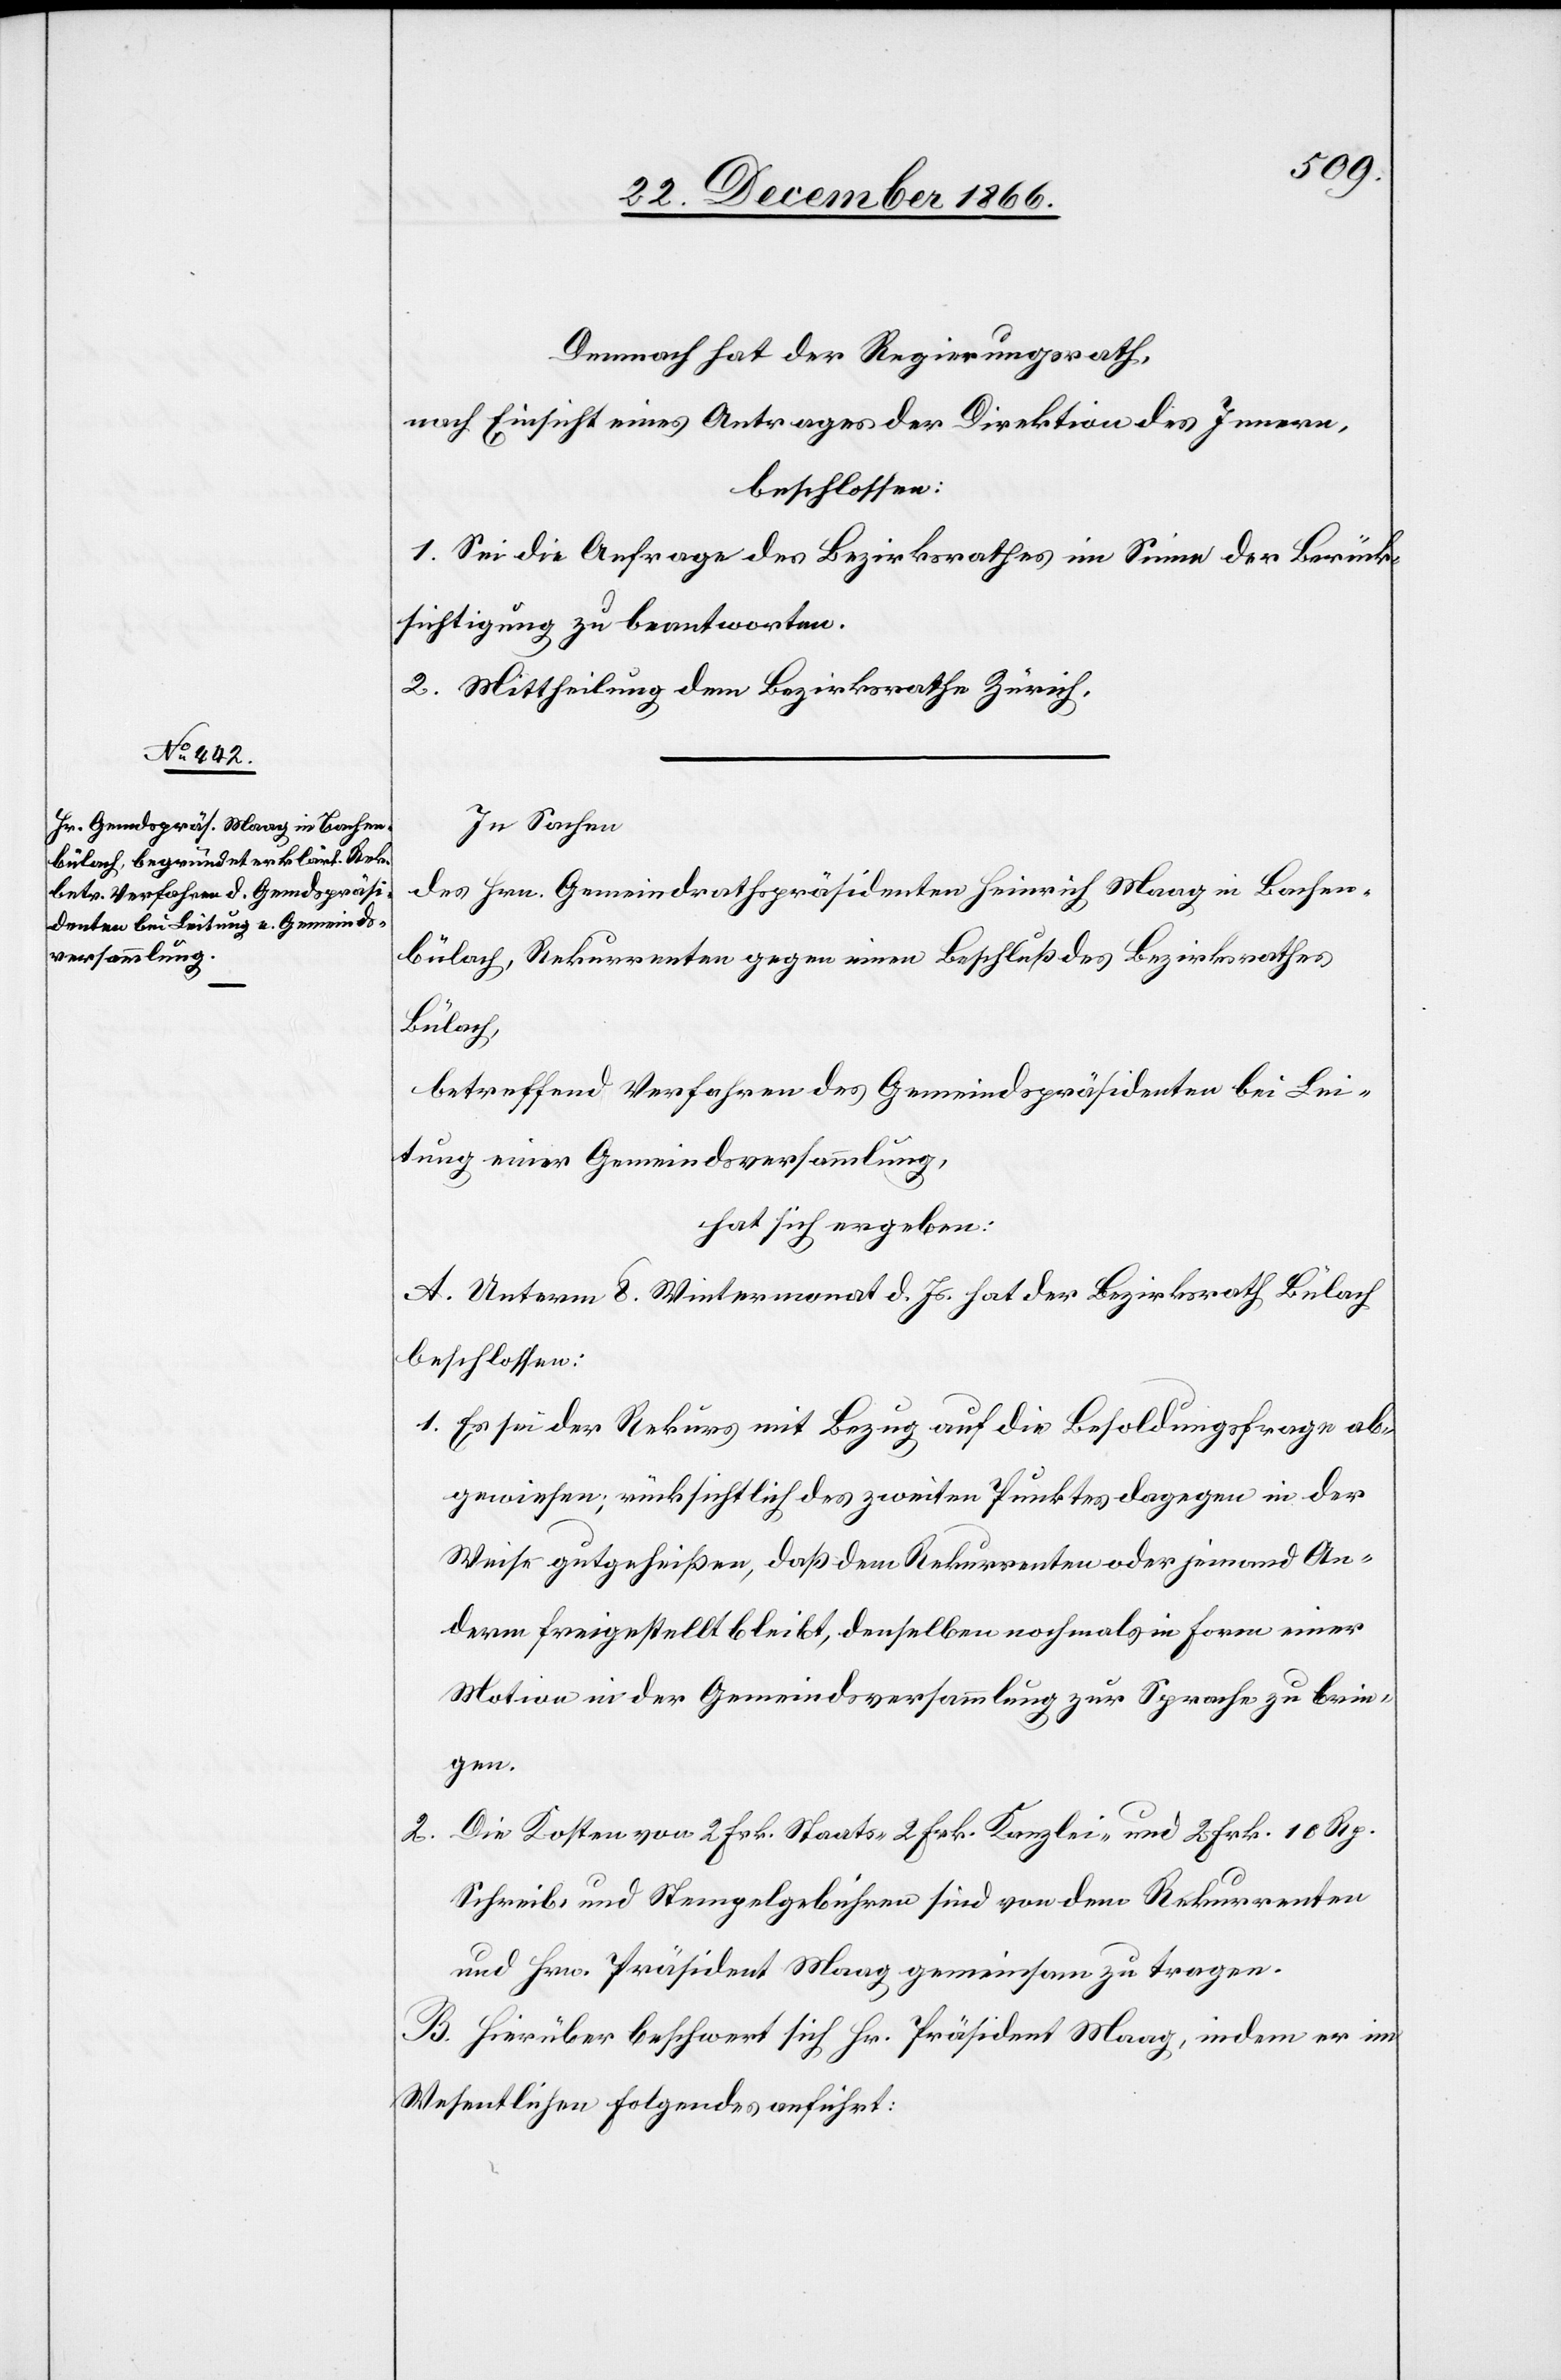
Demnach hat der Regierungsrath,
nach Einsicht eines Antrages der Direktion des Innern,
beschlossen:
1. Sei die Anfrage des Bezirksrathes im Sinne der Berück¬
sichtigung zu beantworten.
2. Mittheilung dem Bezirksrathe Zürich.
In Sachen
des Hrn. Gemeindrathspräsidenten Heinrich Maag in Bachen¬
bülach, Rekurrenten gegen einen Beschluß des Bezirksrathes
Bülach,
betreffend Verfahren des Gemeindspräsidenten bei Lei¬
tung einer Gemeindsversammlung,
hat sich ergeben:
A. Unterm 8. Wintermonat d. Js. hat der Bezirksrath Bülach
beschlossen:
1. Es sei der Rekurs mit Bezug auf die Besoldungsfrage ab¬
gewiesen; rücksichtlich des zweiten Punktes dagegen in der
Weise gutgeheißen, daß dem Rekurrenten oder jemand An¬
derm freigestellt bleibt, denselben nochmals in Form einer
Motion in der Gemeindsversammlung zur Sprache zu brin¬
gen.
Die Kosten von 2. Frk. Staats-[,] 2. Frk. Kanzlei- und 2 Frk. 10 Rp.
2.
Schreib- und Stempelgebühren sind von dem Rekurrenten
und Hrn. Präsident Maag gemeinsam zu tragen.
B. Hierüber beschwert sich Hr. Präsident Maag, indem er im
Wesentlichen folgendes anführt: